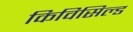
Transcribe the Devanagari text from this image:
किविसिल्ड